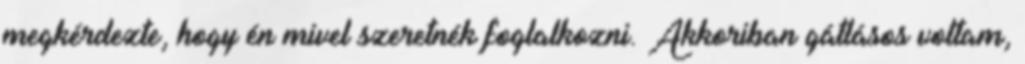
megkérdezte, hogy én mivel szeretnék foglalkozni. Akkoriban gátlásos voltam,